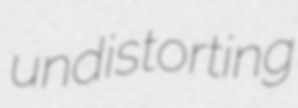
undistorting